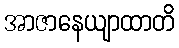
အာဇာနေယျာထာတိ